Problem: 6 × 12 = ?
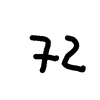
Handwritten answer: 72